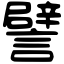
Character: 譬